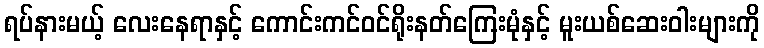
ရပ်နားမယ့် လေးနေရာနှင့် ကောင်းကင်ဝင်ရိုးနတ်ကြေးမုံနှင့် မူးယစ်ဆေးဝါးများကို